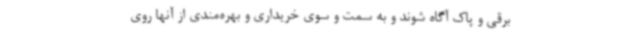
برقی و پاک آگاه شوند و به سمت و سوی خریداری و بهره‌مندی از آنها روی